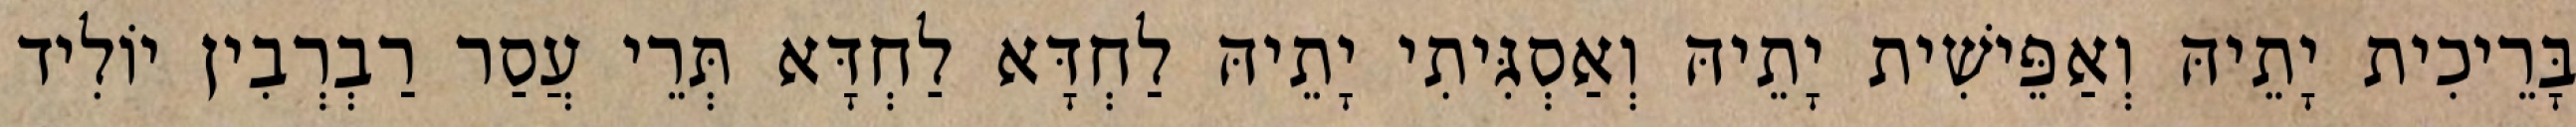
בָּרֵיכִית יָתֵיהּ וְאַפֵּישִׁית יָתֵיהּ וְאַסְגִּיתִי יָתֵיהּ לַחְדָּא לַחְדָּא תְּרֵי עֲסַר רַבְרְבִין יוֹלִיד